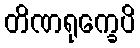
တိဏရုက္ခေပိ